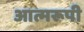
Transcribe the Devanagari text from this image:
आत्मरूपी